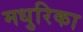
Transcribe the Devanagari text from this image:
मधुरिका